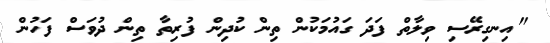
"އިނގިރޭސި ވިލާތް ފަދަ ގައުމަކުން ތިން ކުދިން ފުރިތާ ތިން ދުވަސް ފަހުން